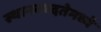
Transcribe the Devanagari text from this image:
स्थानबध्दतेमध्ये